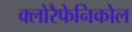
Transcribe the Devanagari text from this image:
क्लोरैफेनिकोल